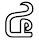
៤